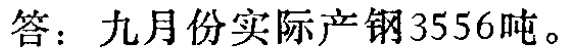
答：九月份实际产钢\(3556\)吨。